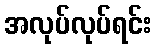
အလုပ်လုပ်ရင်း